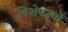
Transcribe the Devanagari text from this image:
विशेषज्ञ्यों